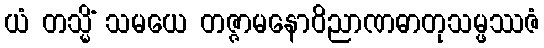
ယံ တသ္မိံ သမယေ တဇ္ဇာမနောဝိညာဏဓာတုသမ္ဖဿဇံ